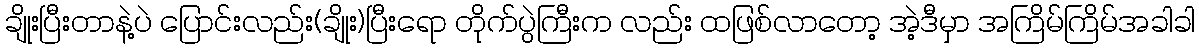
ချိုးပြီးတာနဲ့ပဲ ပြောင်းလည်း(ချိုး)ပြီးရော တိုက်ပွဲကြီးက လည်း ထဖြစ်လာတော့ အဲ့ဒီမှာ အကြိမ်ကြိမ်အခါခါ